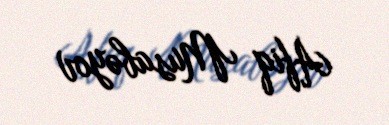
Afiq Musabəyov